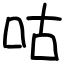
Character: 咕